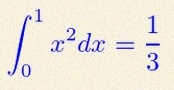
\int_0^1 x^2dx=\frac13